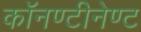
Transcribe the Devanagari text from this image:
काॅनण्टीनेण्ट